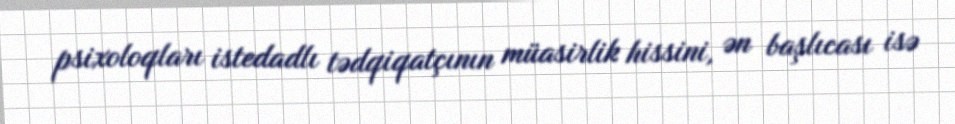
psixoloqları istedadlı tədqiqatçının müasirlik hissini, ən başlıcası isə